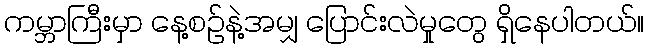
ကမ္ဘာကြီးမှာ နေ့စဉ်နဲ့အမျှ ပြောင်းလဲမှုတွေ ရှိနေပါတယ်။